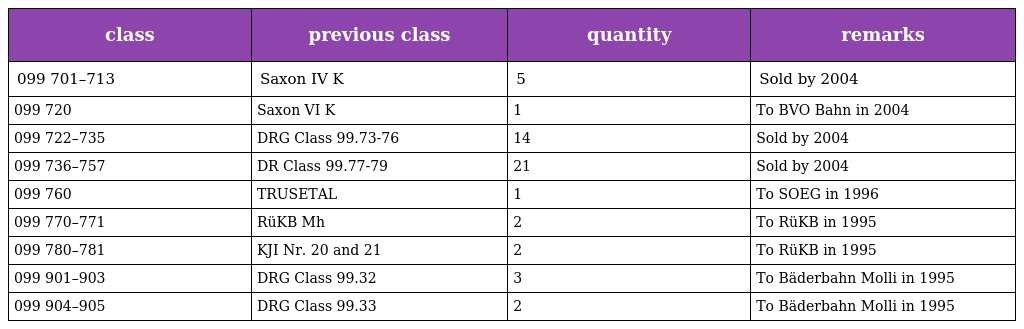
| class | previous class | quantity | remarks |
 | --- | --- | --- | --- |
 | 099 701–713 | Saxon IV K | 5 | Sold by 2004 |
 | 099 720 | Saxon VI K | 1 | To BVO Bahn in 2004 |
 | 099 722–735 | DRG Class 99.73-76 | 14 | Sold by 2004 |
 | 099 736–757 | DR Class 99.77-79 | 21 | Sold by 2004 |
 | 099 760 | TRUSETAL | 1 | To SOEG in 1996 |
 | 099 770–771 | RüKB Mh | 2 | To RüKB in 1995 |
 | 099 780–781 | KJI Nr. 20 and 21 | 2 | To RüKB in 1995 |
 | 099 901–903 | DRG Class 99.32 | 3 | To Bäderbahn Molli in 1995 |
 | 099 904–905 | DRG Class 99.33 | 2 | To Bäderbahn Molli in 1995 |